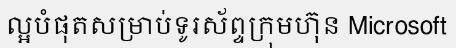
ល្អបំផុតសម្រាប់ទូរស័ព្ទក្រុមហ៊ុន Microsoft